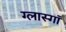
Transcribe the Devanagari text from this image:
ग्लास्गाॅ